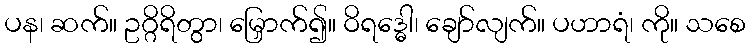
ပန၊ ဆက်။ ဥဂ္ဂိရိတွာ၊ မြှောက်၍။ ဝိရဒ္ဓေါ၊ ချော်လျက်။ ပဟာရံ၊ ကို။ သစေ